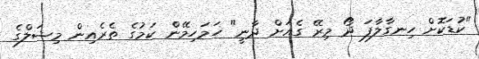
"ކުޑަކޮށް ހިނގާލާފަ ދޯ މިރޭ ގެއަށް ދާނީ" ހަމަހިމޭން ކަމުގެ ތެރެއިން މިޝަލްގެ